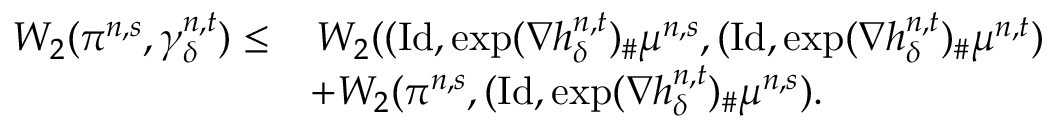
\begin{array} { r l } { W _ { 2 } ( \pi ^ { n , s } , \gamma _ { \delta } ^ { n , t } ) \leq } & { \, W _ { 2 } ( ( \mathrm { I d } , \exp ( \nabla h _ { \delta } ^ { n , t } ) _ { \# } \mu ^ { n , s } , ( \mathrm { I d } , \exp ( \nabla h _ { \delta } ^ { n , t } ) _ { \# } \mu ^ { n , t } ) } \\ & { + W _ { 2 } ( \pi ^ { n , s } , ( \mathrm { I d } , \exp ( \nabla h _ { \delta } ^ { n , t } ) _ { \# } \mu ^ { n , s } ) . } \end{array}